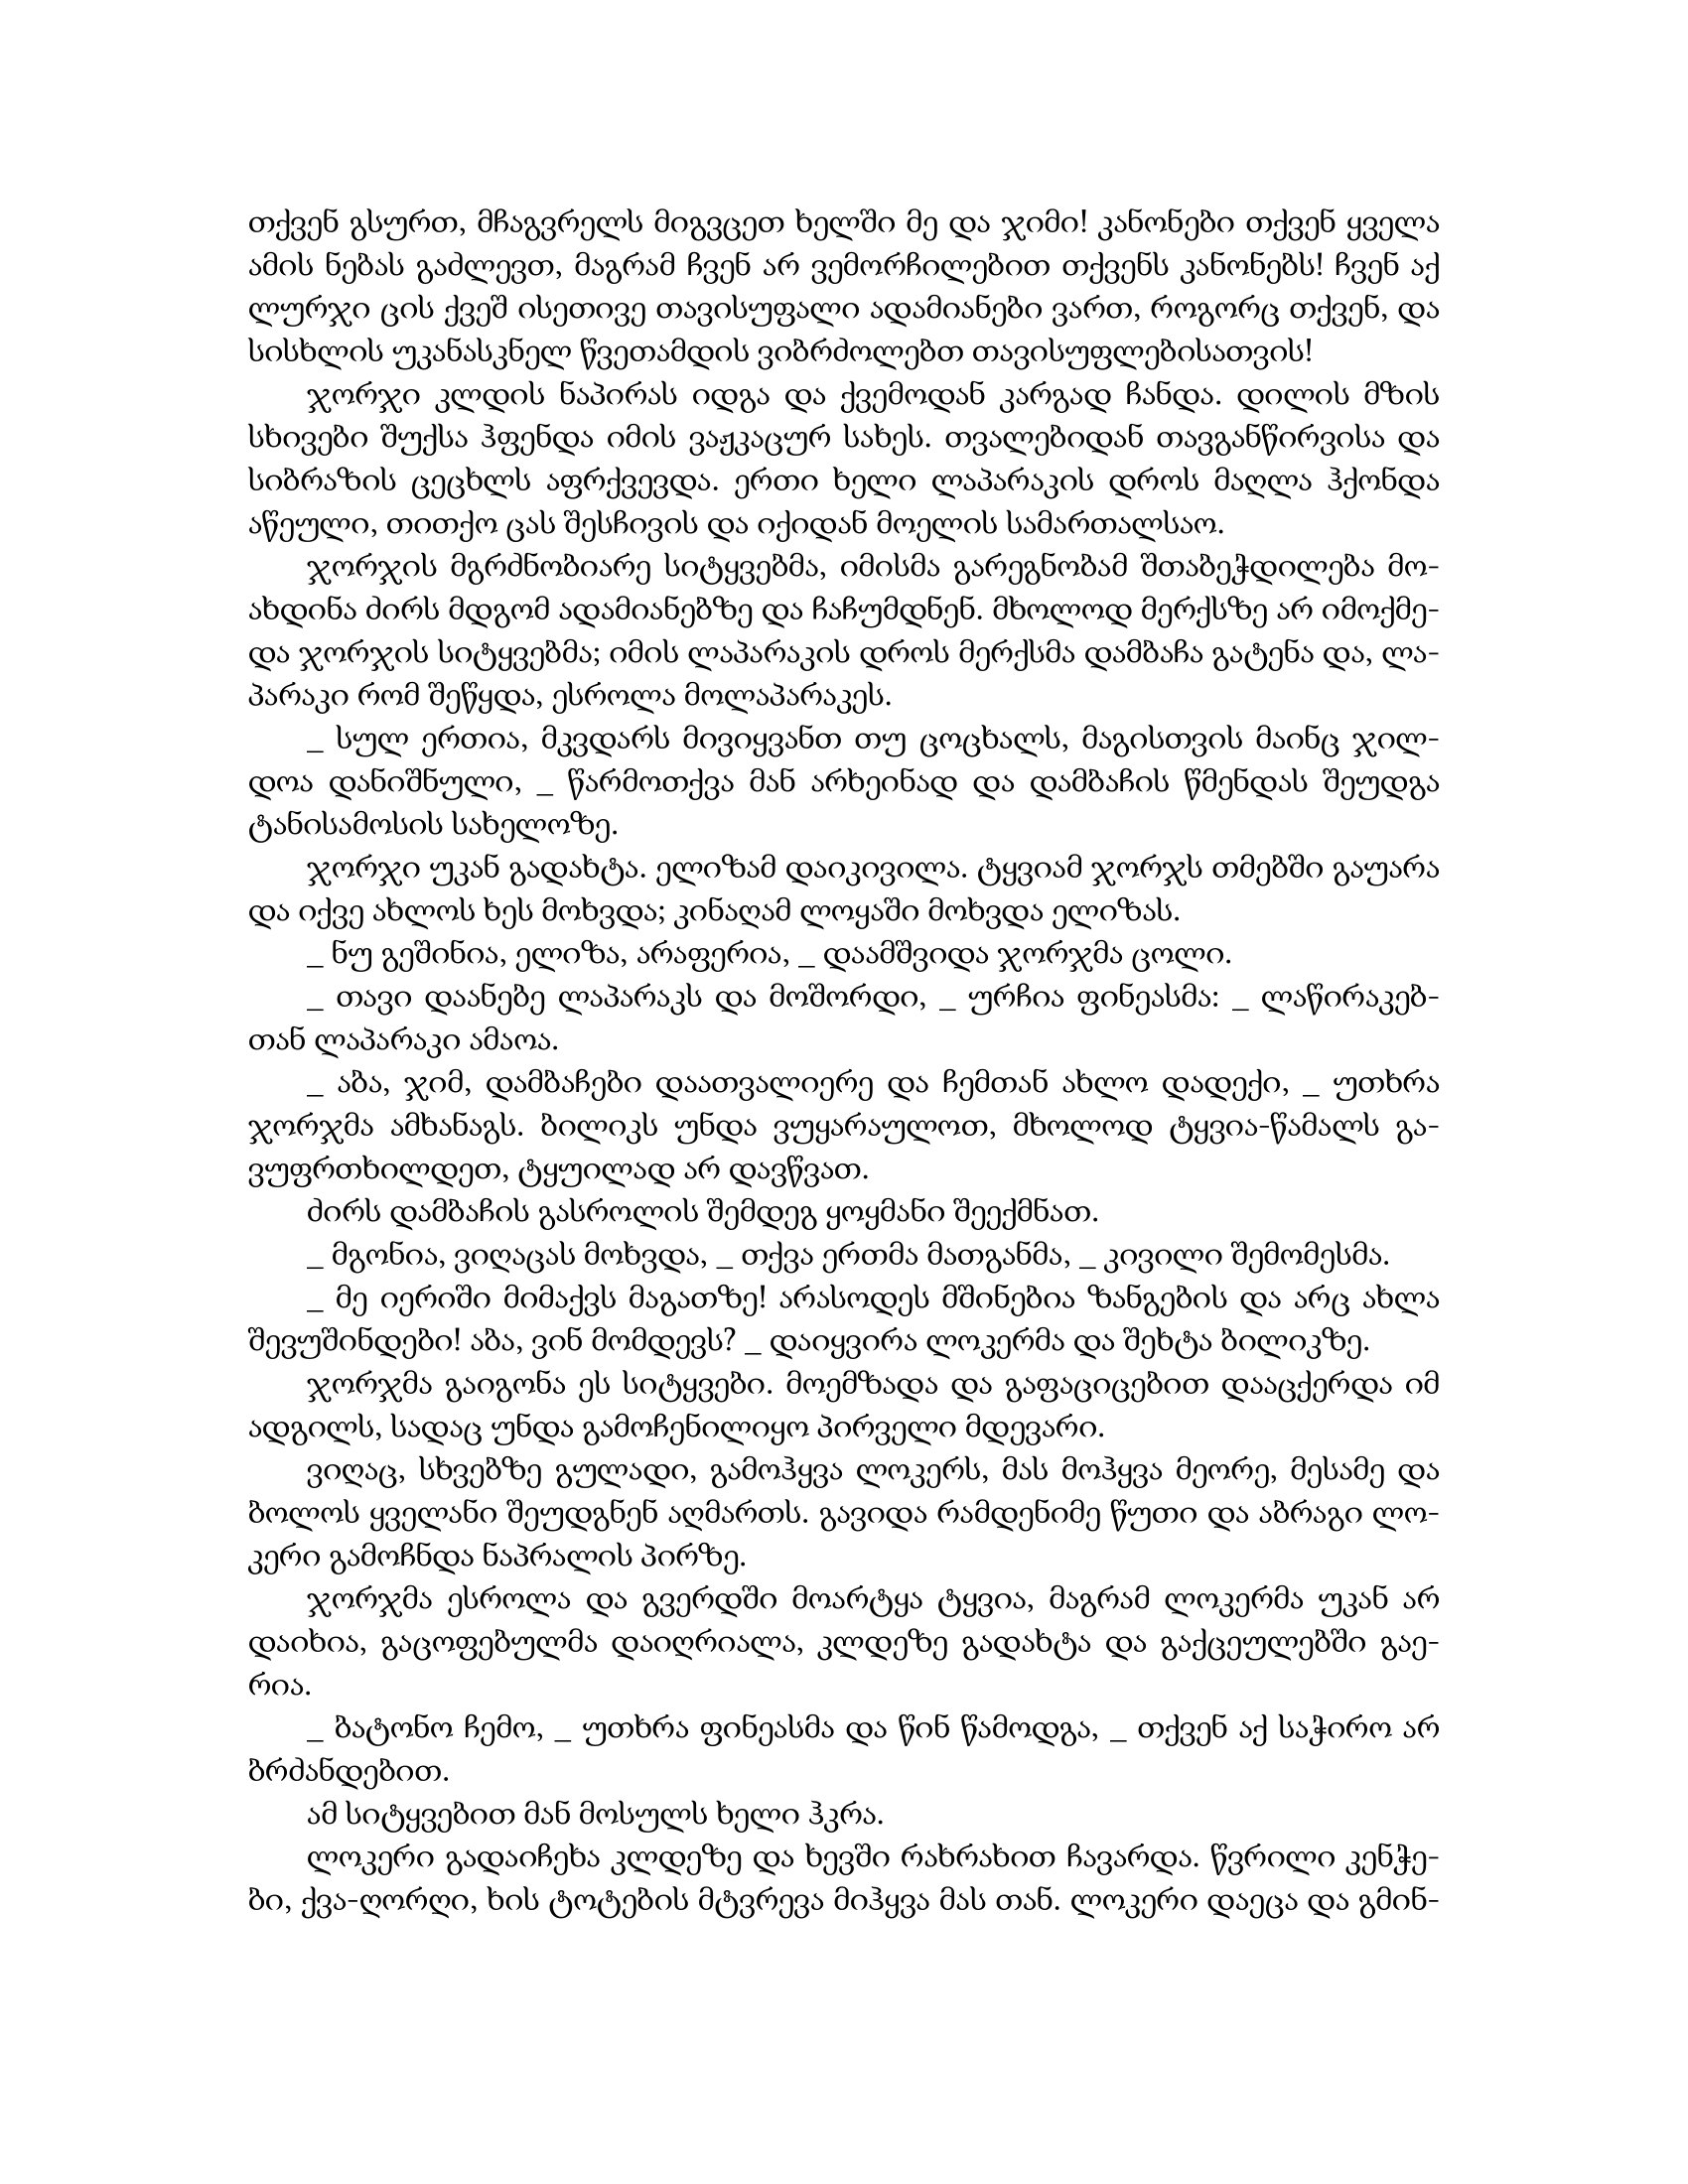
Language: gr